Report on plague in the Punjab from October 1st ... to September 30th ..., being the ... season of plague in the province
Disease focus: Plague
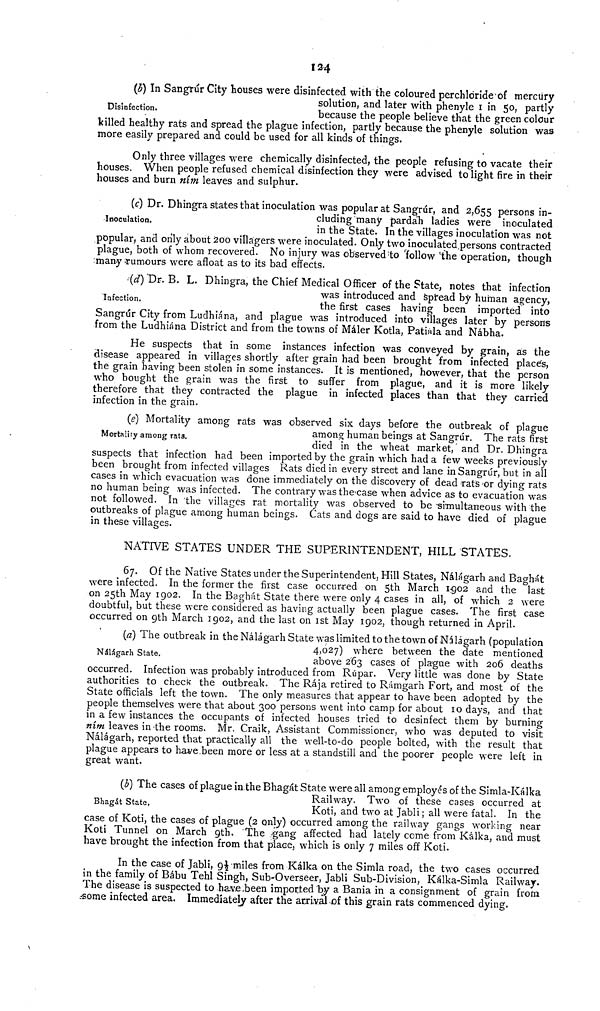
124
Disinfection.
(b) In Sangrúr City houses were disinfected with the coloured perchloride of mercury
solution, and later with phenyle 1 in 50, partly
because the people believe that the green colour
killed healthy rats and spread the plague infection, partly because the phenyle solution was
more easily prepared and could be used for all kinds of things.
Only three villages were chemically disinfected, the people refusing to vacate their
houses. When people refused chemical disinfection they were advised to light fire in their
houses and burn nim leaves and sulphur.
Inoculation.
(c) Dr. Dhingra states that inoculation was popular at Sangrúr, and 2,655 persons in-
cluding many pardah ladies were inoculated
in the State. In the villages inoculation was not
popular, and only about 200 villagers were inoculated. Only two inoculated persons contracted
plague, both of whom recovered. No injury was observed to follow the operation, though
many rumours were afloat as to its bad effects.
Infection.
(d) Dr. B. L. Dhingra, the Chief Medical Officer of the State, notes that infection
was introduced and spread by human agency,
the first cases having been imported into
Sangrúr City from Ludhiána, and plague was introduced into villages later by persons
from the Ludhiána District and from the towns of Máler Kotla, Patiala and Nábha.
He suspects that in some instances infection was conveyed by grain, as the
disease appeared in villages shortly after grain had been brought from infected place's,
the grain having been stolen in some instances. It is mentioned, however, that the person
who bought the grain was the first to suffer from plague, and it is more likely
therefore that they contracted the plague in infected places than that they carried
infection in the grain.
Mortality among rat3.
(e) Mortality among rats was observed six days before the outbreak of plague
among human beings at Sangrúr. The rats first
died in the wheat market, and Dr. Dhingra
suspects that infection had been imported by the grain which had a few weeks previously
been brought from infected villages Rats died in every street and lane in Sangrúr, but in all
cases in which evacuation was done immediately on the discovery of dead Tats or dying rats
no human being was infected. The contrary was the case when advice as to evacuation was
not followed. In the villages rat mortality was observed to be simultaneous with the
outbreaks of plague among human beings. Cats and dogs are said to have died of plague
in these villages.
NATIVE STATES UNDER THE SUPERINTENDENT, HILL STATES.
67. Of the Native States under the Superintendent, Hill States, Nálágarh and Baghát
were infected. In the former the first case occurred on 5th March 1902 and the last
on 25th May 1902. In the Baghát State there were only 4 cases in all, of which 2 were
doubtful, but these were considered as having actually been plague cases. The first case
occurred on 9th March 1902, and the last on 1st May 1902, though returned in April.
Nálágarh State.
(a) The outbreak in the Nálágarh State was limited to the town of Nálágarh (population
4,027) where between the date mentioned
above 263 cases of plague with 206 deaths
occurred. Infection was probably introduced from Rúpar. Very little was done by State
authorities to check the outbreak. The Rája retired to Rámgarh Fort, and most of the
State officials left the town. The only measures that appear to have been adopted by the
people themselves were that about 300 persons went into camp for about 10 days, and that
in a few instances the occupants of infected houses tried to desinfect them by burning
nim leaves in the rooms. Mr. Craik, Assistant Commissioner, who was deputed to visit
Nálágarh, reported that practically all the well-to-do people bolted, with the result that
plague appears to have been more or less at a standstill and the poorer people were left in
great want.
Bhagát State.
(b) The cases of plague in the Bhagát State were all among employés of the Simla-Kálka
Railway. Two of these cases occurred at
Koti, and two at Jabli ; all were fatal. In the
case of Koti, the cases of plague (2 only) occurred among the railway gangs working near
Koti Tunnel on March 9th. The gang affected had lately come from Kálka, and must
have brought the infection from that place, which is only 7 miles off Koti.
In the case of Jabli, 9½ miles from Kálka on the Simla road, the two cases occurred
in the family of Bábu Tehl Singh, Sub-Overseer, Jabli Sub-Division, Kálka-Simla Railway.
The disease is suspected to have been imported by a Bania in a consignment of grain from
some infected area. Immediately after the arrivai of this grain rats commenced dying.